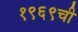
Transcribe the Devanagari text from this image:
१९६९ची